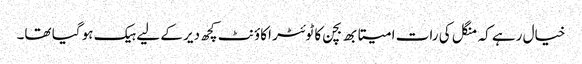
خیال رہے کہ منگل کی رات امیتابھ بچن کا ٹوئٹر اکاؤنٹ کچھ دیر کے لیے ہیک ہو گیا تھا۔